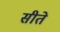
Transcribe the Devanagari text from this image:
सीते